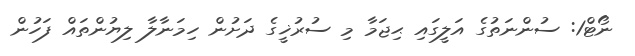
ނޯޓް1: ސުންނަތުގެ އަލީގައި ޙިޖަމާ މި ސުރުޚީގެ ދަށުން ހިމަނާލާ ލިޔުންތައް ފަހުން